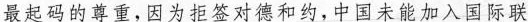
最起码的尊重，因为拒签对德和约，中国未能加入国际联